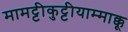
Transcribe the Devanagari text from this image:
मामट्टीकुट्टीयाम्माक्कू